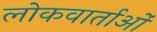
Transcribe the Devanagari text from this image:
लोकवार्ताओं